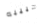
حبيبه